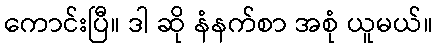
ကောင်းပြီ။ ဒါ ဆို နံနက်စာ အစုံ ယူမယ်။